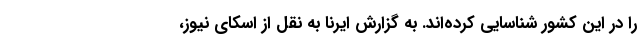
را در این کشور شناسایی کرده‌اند. به گزارش ایرنا به نقل از اسکای نیوز،